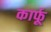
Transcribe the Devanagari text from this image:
कार्फू